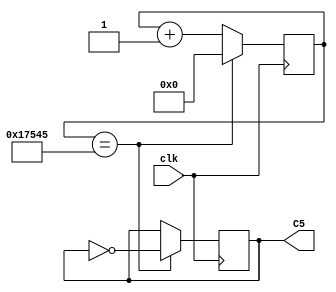
module C5(clk, C5);
    input clk;
	 output reg C5;
	 
	 reg [17:0] count;
	 initial C5 = 1'b0;
	 
	 always@ (posedge clk)
	 begin
		count <= count + 1'b1;
		
		if (count == 95557)
		begin
			C5 <= !C5;
			count <= 0;
		end
	 end



endmodule